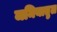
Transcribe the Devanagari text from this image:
जमियातुल